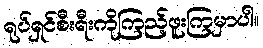
ရုပ်ရှင်စီးရီးကိုကြည့်ဖူးကြမှာပါ။